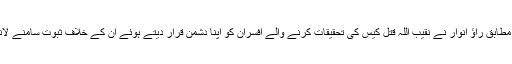
نجی نیوز چینل کے مطابق راؤ انوار نے نقیب اللہ قتل کیس کی تحقیقات کرنے والے افسران کو اپنا دشمن قرار دیتے ہوئے ان کے خلاف ثبوت سامنے لانے کا اعلان کیا ہے۔